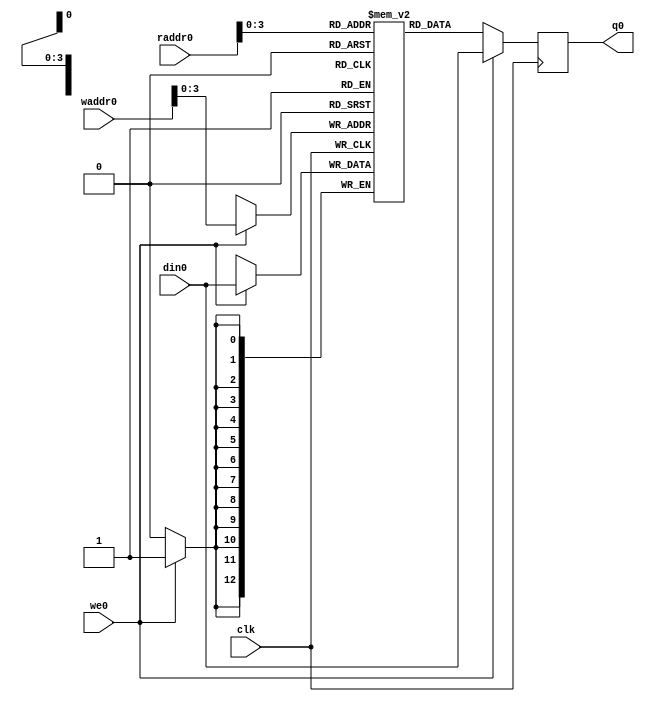
module regfile1r1w
    (input                    clk
     ,input [7-1:0]           waddr0
     ,input                   we0
     ,input [13-1:0]          din0
     ,input [7-1:0]           raddr0

     ,output [13-1:0]         q0

     );

   reg [13-1:0]                      rf[16-1:0]; // synthesis syn_ramstyle = "block_ram"

   reg [13-1:0] q0_next;
   always @(*) begin
     if (we0)
       q0_next = din0;
     else
       q0_next = rf[raddr0];
   end

   always @(posedge clk) begin
     q0 <= q0_next;
   end

   always @(posedge clk) begin
     if (we0) begin
       rf[waddr0] <= din0;
     end
   end

endmodule